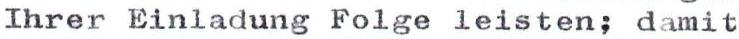
Ihrer Einladung Folge leisten; damit